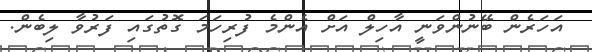
އަހަރެން ބޭނުންވަނީ އާހިލް އަށް އެންމެ ފުރިހަމަ ގޮތުގައި ފަރުވާ ލިބެން.